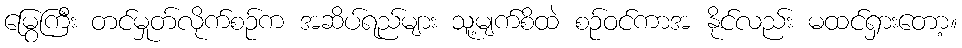
မြွေကြီး တင်မှုတ်လိုက်စဉ်က အဆိပ်ရည်များ သူ့မျက်စိထဲ စဉ်ဝင်ကာအ နိုင်လည်း မထင်ရှားတော့။